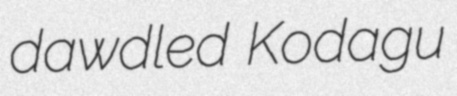
dawdled Kodagu